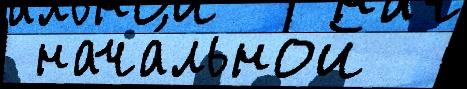
 нача́льной